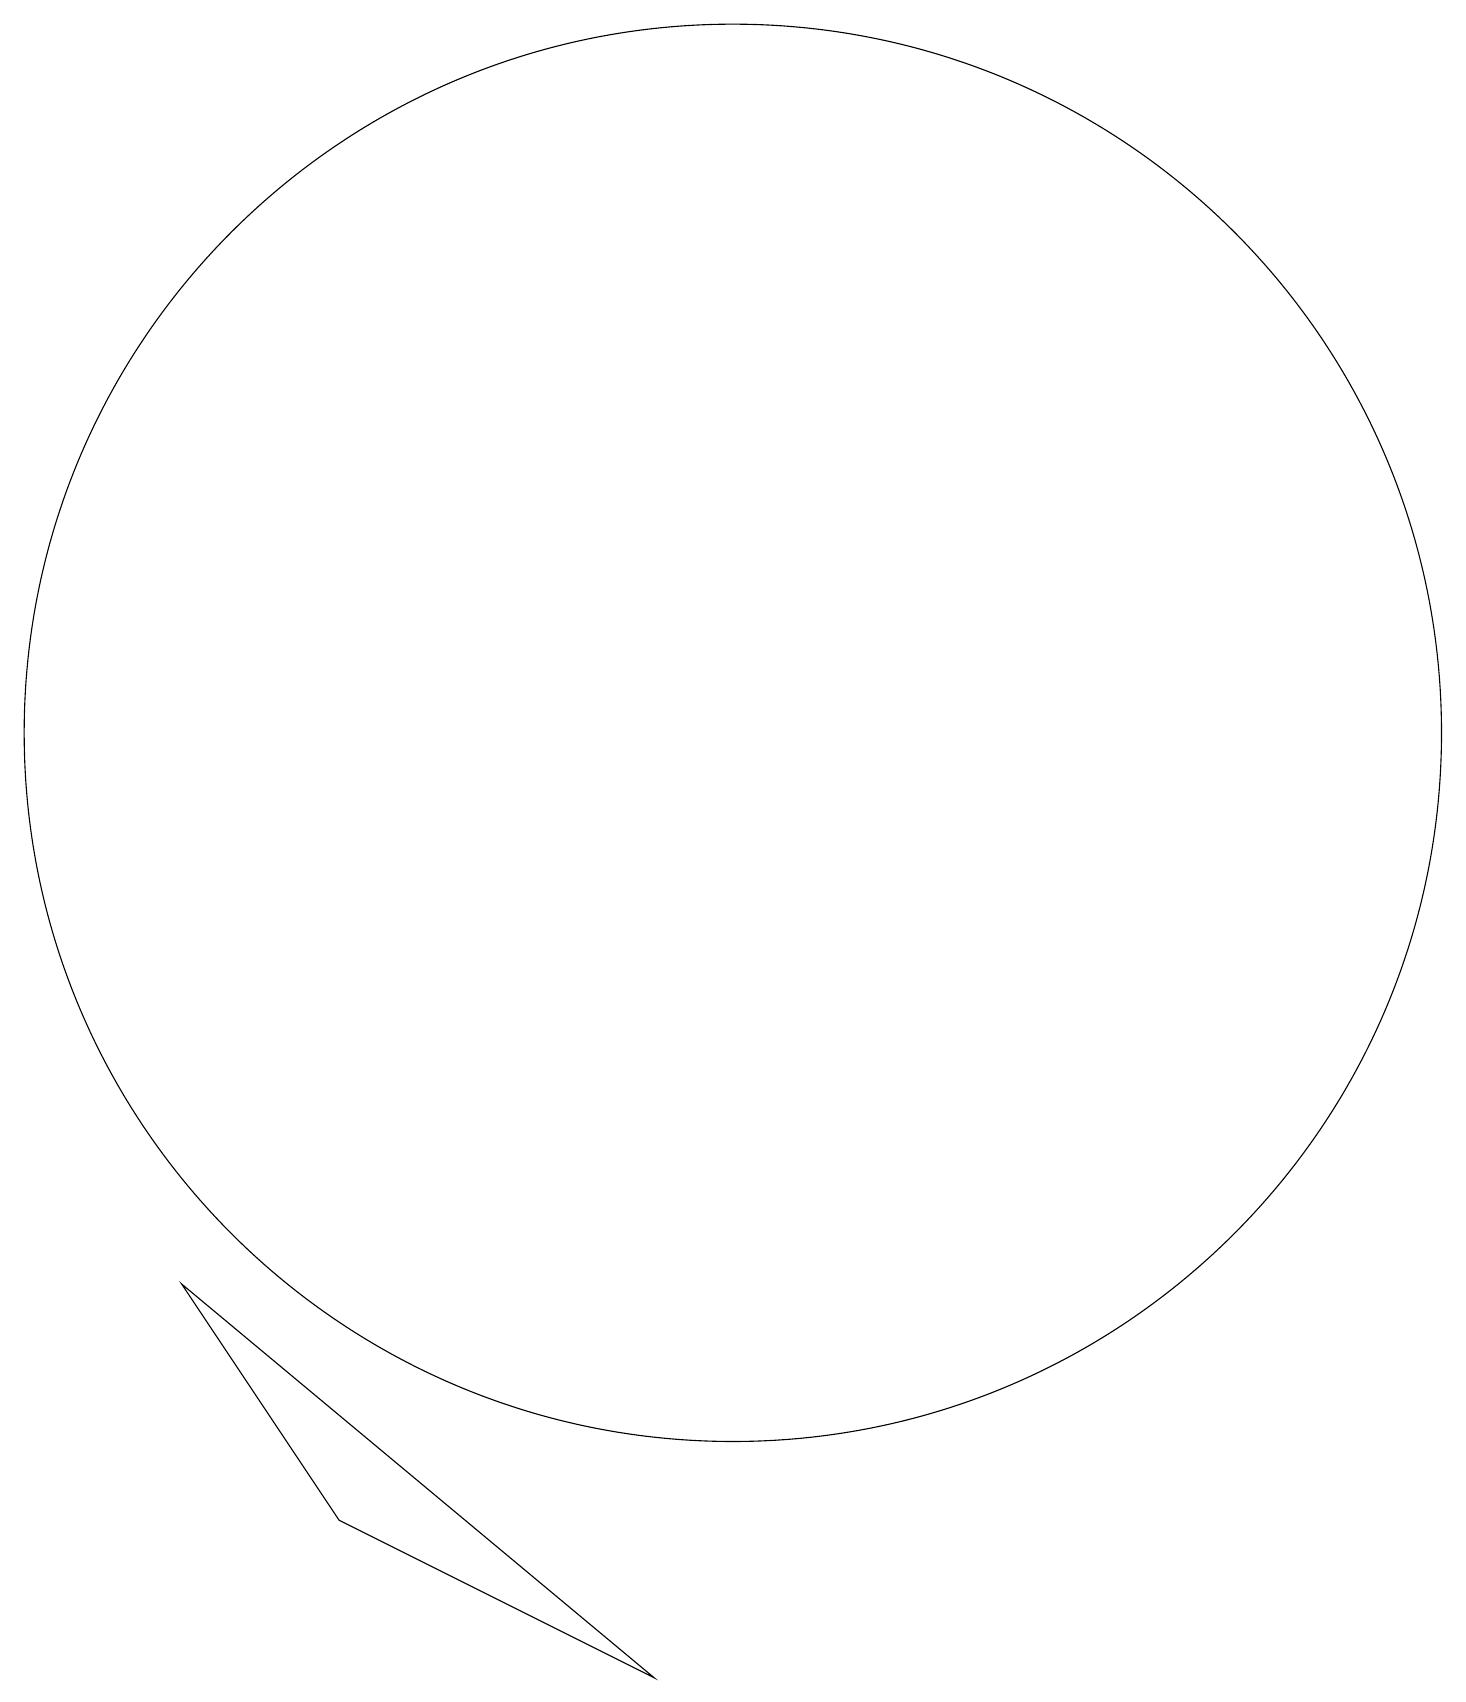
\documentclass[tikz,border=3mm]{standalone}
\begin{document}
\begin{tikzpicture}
\draw (11,10) circle (0);
\draw (10,12) circle (9);
\draw (3,5) -- (9,0) -- (5,2) -- cycle;
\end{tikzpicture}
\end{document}